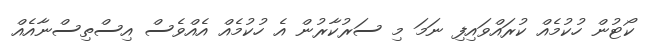
ކޯޓުން ހުކުމެއް ކުރައްވައިފި ނަމަ މި ސަރުކާރުން އެ ހުކުމެއް އެއްވެސް އިސްތިސްނާއެއް